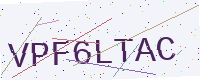
Text: VPF6LTAC